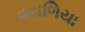
વટાળિયા